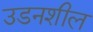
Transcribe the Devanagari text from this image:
उडनशील